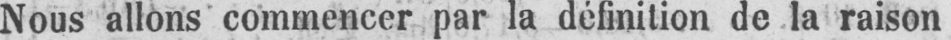
Nous allons commencer par la définition de la raison